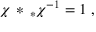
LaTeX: \chi \, * \, _ { * } \chi ^ { - 1 } = 1 \, \, ,